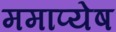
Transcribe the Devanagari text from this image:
ममाप्येष